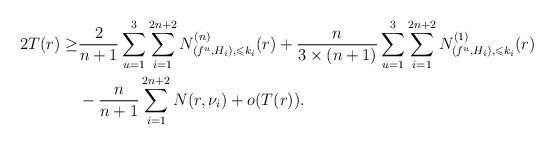
LaTeX: \begin{align*}2T(r)\ge& \dfrac{2}{n+1}\sum_{u=1}^3\sum_{i=1}^{2n+2}N^{(n)}_{(f^u,H_i),\leqslant k_i}(r)+\dfrac{n}{3\times (n+1)}\sum_{u=1}^3\sum_{i=1}^{2n+2}N^{(1)}_{(f^u,H_i),\leqslant k_i}(r)\\&-\dfrac{n}{n+1}\sum_{i=1}^{2n+2}N(r,\nu_i)+o(T(r)).\end{align*}